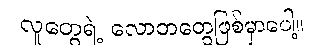
လူတွေရဲ့ လောဘတွေဖြစ်မှာပေါ့။